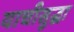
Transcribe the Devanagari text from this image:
याचीसुद्धा